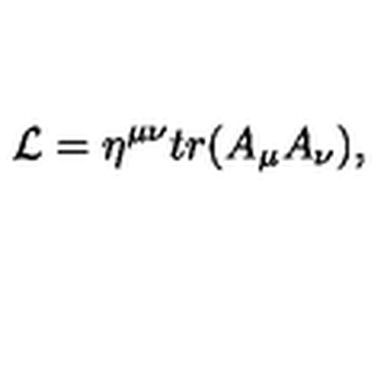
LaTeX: { \cal L } = \eta ^ { \mu \nu } t r ( A _ { \mu } A _ { \nu } ) ,